Lunatic asylums United Provinces 1899-1908 - 1899-1908
Year: 1899
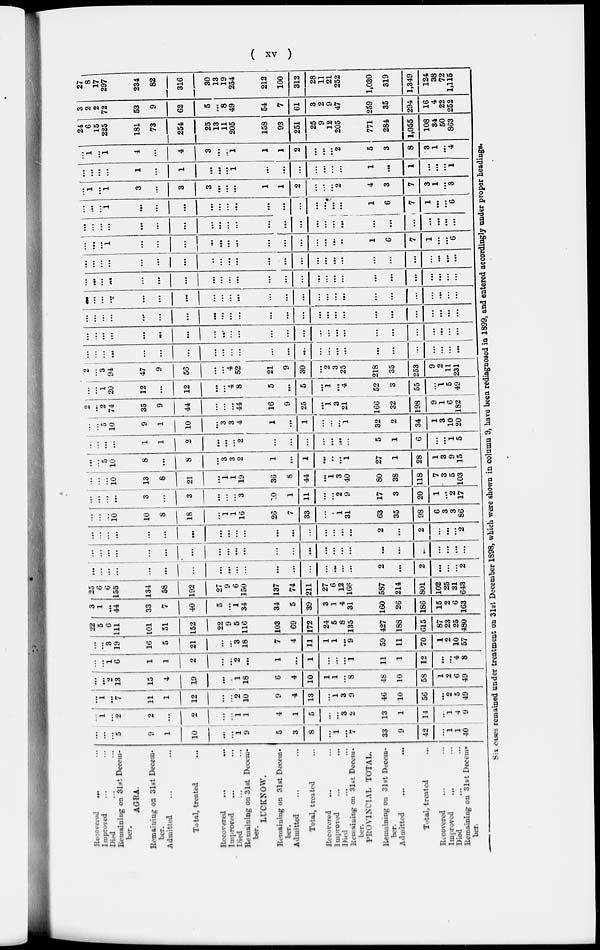
( xv )
Recovered ... ...
Improved ... ...
Died ... ...
Remaining on 31st Decem-
ber.
AGRA.
Remaining on 31st Decem-
ber.
Admitted ... ...
Total, treated ...
Recovered ... ...
Improved ... ...
Died ... ...
Remaining on 31st Decem-
ber.
LUCKNOW.
Remaining on 31st Decem-
ber.
Admitted ... ...
Total, treated ...
Recovered ... ...
Improved ... ...
Died ... ...
Remaining on 31st Decem-
ber.
PROVINCIAL TOTAL.
Remaining on 31st Decem-
ber.
Admitted ... ...
Total, treated ...
Recovered ... ...
Improved ... ...
Died ... ...
Remaining on 31st Decem-
ber.
...
...
...
5
9
1
10
...
...
1
9
5
3
8
...
1
...
7
33
9
42
...
1
1
40
...
1
...
2
2
...
2
...
...
1
1
4
1
5
...
...
3
2
13
1
14
...
1
4
9
...
1
...
7
11
1
12
...
...
2
10
9
4
13
...
1
3
9
46
10
56
...
2
5
49
...
...
2
13
15
4
19
...
...
1
18
6
4
10
1
1
...
8
48
10
58
1
2
6
49
...
...
1
6
1
1
2
...
...
2
...
1
...
1
...
...
...
1
11
1
12
...
...
4
8
...
...
3
19
16
5
21
...
...
3
18
7
4
11
1
1
...
9
59
11
70
1
2
10
57
22
5
6
111
101
51
152
22
9
5
116
103
69
172
24
5
8
135
427
188
615
87
23
25
480
3
1
...
44
33
7
40
5
...
1
34
34
5
39
3
1
4
31
160
26
186
15
2
6
163
25
6
6
155
134
58
192
27
9
6
150
137
74
211
27
6
12
166
587
214
801
102
25
31
343
...
...
...
...
...
...
...
...
...
...
...
...
...
...
...
...
...
...
2
...
2
...
...
...
2
...
...
...
...
...
...
...
...
...
...
...
...
...
...
...
...
...
...
...
...
...
...
...
...
...
...
...
...
...
...
...
...
...
...
...
...
...
...
...
...
...
...
...
2
...
2
...
...
...
2
...
...
...
10
10
8
18
...
1
1
16
26
7
33
...
...
1
31
63
35
98
6
3
3
86
...
...
...
...
3
...
3
...
...
...
3
10
1
11
...
...
2
9
17
3
20
1
...
2
17
...
...
...
10
13
8
21
...
1
1
19
36
8
44
...
1
3
40
80
38
118
7
3
5
103
...
...
5
10
8
...
8
...
3
3
2
1
...
1
...
...
...
1
27
1
28
1
3
9
15
...
...
...
...
1
1
2
...
...
...
2
...
...
...
...
...
...
...
5
1
6
...
...
1
5
...
...
5
10
9
1
10
...
3
3
4
1
...
1
...
...
...
1
32
2
34
1
3
10
20
2
...
2
74
35
9
44
...
...
...
44
16
9
25
...
1
3
21
166
32
198
9
1
6
182
...
... 1
20
12
...
12
...
...
4
8
5
...
5
...
1
...
4
52
3
55
...
1
5
49
2
...
3
94
47
9
56
...
...
4
52
21
9
30
...
2
3
25
218
35
253
9
2
11
231
...
...
...
...
...
...
...
...
...
...
...
...
...
...
...
...
...
...
...
...
...
...
...
...
...
...
...
...
...
...
...
...
...
...
...
...
...
...
...
...
...
...
...
...
...
...
...
...
...
...
...
...
...
...
...
...
...
...
...
...
...
...
...
...
...
...
...
...
...
...
...
...
...
...
...
...
...
...
...
...
...
...
...
...
...
...
...
...
...
...
...
...
...
...
...
...
...
...
...
...
...
...
...
...
...
...
...
...
...
...
...
...
...
...
...
...
...
...
...
...
...
...
...
...
...
...
...
...
...
...
...
...
...
...
...
...
...
...
...
...
...
...
...
...
...
...
...
...
...
...
...
...
...
1
...
...
...
...
...
...
...
...
...
...
...
...
...
...
1
6
7
1
...
...
6
...
...
...
...
...
...
...
...
...
...
...
...
...
...
...
...
...
...
...
...
...
...
...
...
...
...
...
...
1
...
...
...
...
...
...
...
...
...
...
...
...
...
...
1
6
7
1
...
...
6
...
1
...
1
3
...
3
3
...
...
...
1
1
2
...
...
...
2
4
3
7
3
1
...
3
...
...
...
...
1
...
1
...
...
...
1
...
...
...
...
...
...
...
1
...
1
...
...
...
1
1
...
1
4
...
4
3
...
...
1
1
1
2
...
...
...
2
5
3
8
3
1
...
4
24
6
15
225
181
73
254
25
13
11
205
158
93
251
25
9
12
205
771
284
1,055
108
34
50
863
3
2
2
72
53
9
62
5
...
8
49
54
7
61
3
2
9
47
259
35
294
16
4
22
252
27
8
17
297
234
82
316
30
13
19
254
212
100
312
28
11
21
252
1,030
319
1,349
124
38
72
1,115
Six cases remained under treatment on 31st December 1898, which were shown in column 9, have been rediagnosed in 1899, and entered accordingly under proper headings.